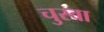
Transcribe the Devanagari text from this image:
चुरवा